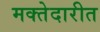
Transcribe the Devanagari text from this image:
मक्तेदारीत